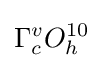
\Gamma _{c}^{v}O_{h}^{10}